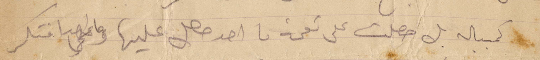
كمبيالة بل حصلت على نعمة ما احد حصل عليها وما أحدا افتكر